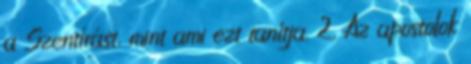
a Szentírást, mint ami ezt tanítja. 2. Az apostolok